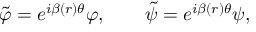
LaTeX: \tilde { \varphi } = e ^ { i \beta ( r ) \theta } \varphi , \qquad \tilde { \psi } = e ^ { i \beta ( r ) \theta } \psi ,